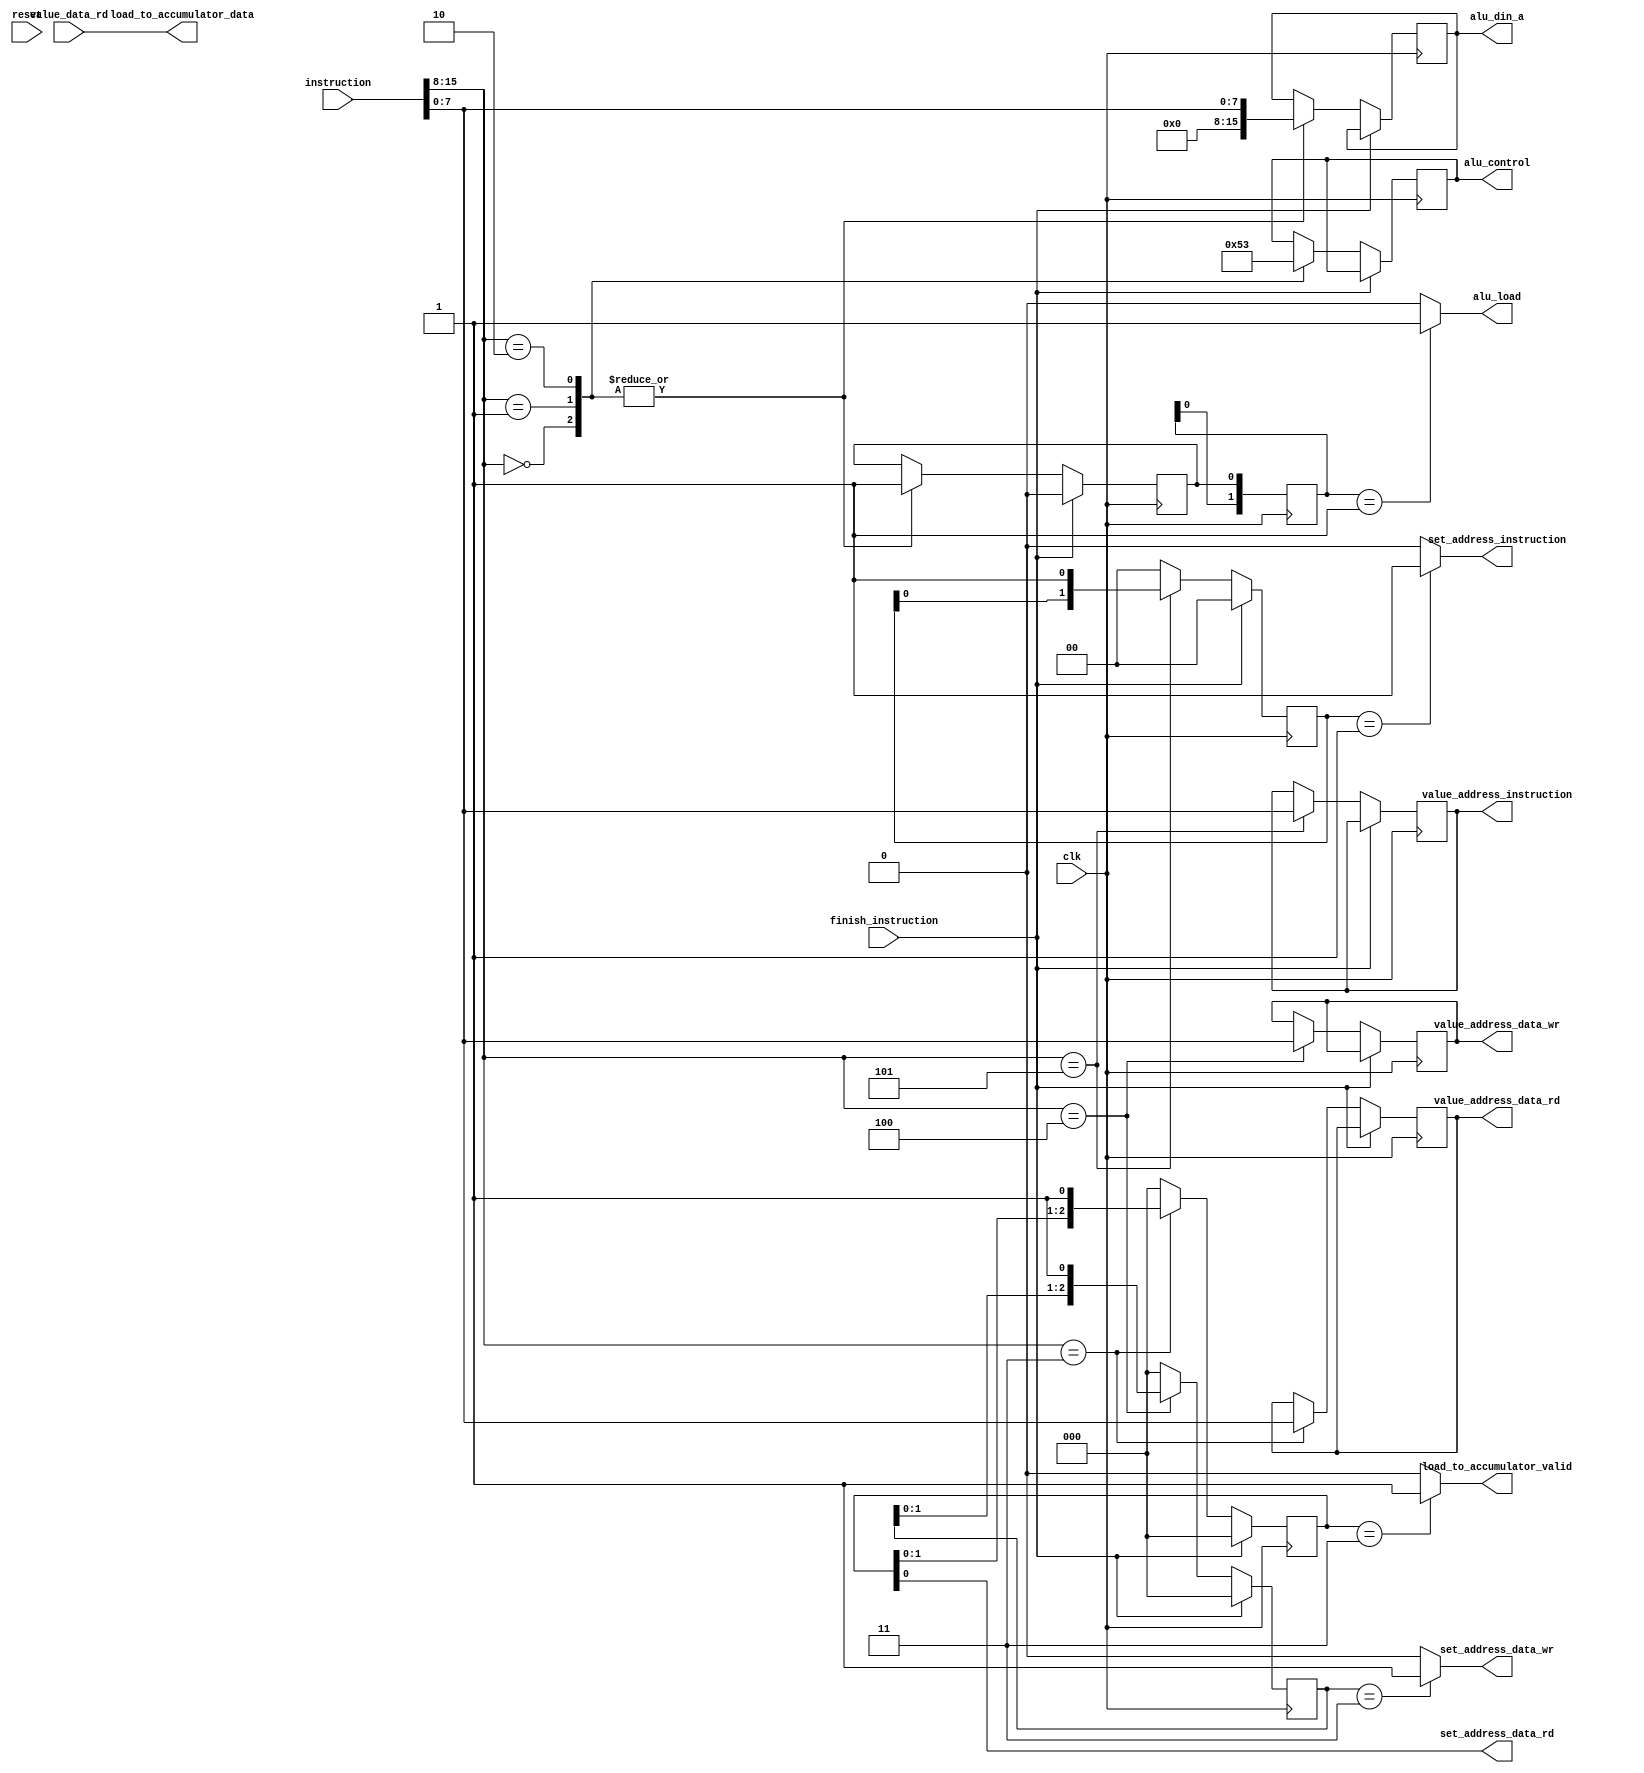
// project: venera_cpu_1
// data:    15.02.2022

module controller
(
    input         clk,
    input         reset,

    input         finish_instruction,
    input  [15:0] instruction,

    output        set_address_instruction,
    output [07:0] value_address_instruction,

    output        set_address_data_rd,
    output [07:0] value_address_data_rd,
    input  [15:0] value_data_rd,

    output        set_address_data_wr,
    output [07:0] value_address_data_wr,

    output        load_to_accumulator_valid,
    output [15:0] load_to_accumulator_data,

    output [2:0]  alu_control,
    output        alu_load,
    output [15:0] alu_din_a
);

    reg  [01:0] set_address_reg;
    reg  [07:0] value_address_reg;
    reg  [02:0] set_address_data_rd_reg;
    reg  [07:0] value_address_data_rd_reg;
    reg  [02:0] set_address_data_wr_reg;
    reg  [07:0] value_address_data_wr_reg;
    reg  [02:0] alu_control_reg;
    reg  [01:0] alu_load_reg;
    reg         alu_loading;
    reg  [15:0] alu_din_a_reg;
    wire [07:0] opcode;

    assign opcode = instruction[15:8];

    always@(posedge clk) begin
        set_address_reg         <= 2'b00;
        set_address_data_rd_reg <= 3'b000;
        set_address_data_wr_reg <= 3'b000;
        alu_load_reg            <= {alu_load_reg[0], alu_loading};

        if (finish_instruction)
            alu_loading <= 1'b0;
        else
            case (opcode)
                8'h00: begin 
                    alu_control_reg <= 3'b001;
                    alu_loading     <= 1'b1;
                    alu_din_a_reg   <= {8'h00, instruction[7:0]};
                end
                8'h01: begin
                    alu_control_reg <= 3'b010;
                    alu_loading     <= 1'b1;
                    alu_din_a_reg   <= {8'h00, instruction[7:0]};
                end
                8'h02: begin
                    alu_control_reg <= 3'b011;
                    alu_loading     <= 1'b1;
                    alu_din_a_reg   <= {8'h00, instruction[7:0]};
                end
                8'h03: begin
                    set_address_data_rd_reg   <= {set_address_data_rd_reg[1:0], 1'b1};
                    value_address_data_rd_reg <= {8'h00, instruction[7:0]};
                end
                8'h04: begin
                    set_address_data_wr_reg   <= {set_address_data_wr_reg[1:0], 1'b1};
                    value_address_data_wr_reg <= {8'h00, instruction[7:0]};
                end
                8'h05: begin
                    set_address_reg   <= {set_address_reg[0], 1'b1};
                    value_address_reg <= {8'h00, instruction[7:0]};
                end
            endcase
    end

    assign set_address_instruction   = (set_address_reg == 2'b01) ? 1'b1 : 1'b0;
    assign value_address_instruction = value_address_reg;

    assign set_address_data_rd       = set_address_data_rd_reg;
    assign value_address_data_rd     = value_address_data_rd_reg;

    assign set_address_data_wr       = (set_address_data_wr_reg == 3'b011) ? 1'b1 : 1'b0;
    assign value_address_data_wr     = value_address_data_wr_reg;

    assign load_to_accumulator_valid = (set_address_data_rd_reg == 3'b011) ? 1'b1 : 1'b0;
    assign load_to_accumulator_data  = value_data_rd;

    assign alu_control               = alu_control_reg;
    assign alu_load                  = (alu_load_reg == 2'b01) ? 1'b1 : 1'b0;
    assign alu_din_a                 = alu_din_a_reg;

endmodule